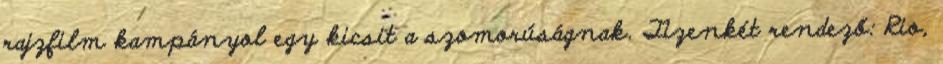
rajzfilm kampányol egy kicsit a szomorúságnak. Tizenkét rendező: Rio,